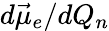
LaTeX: d\vec{\mu}_{e}/dQ_{n}